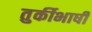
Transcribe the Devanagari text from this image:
तुर्कीभाषी